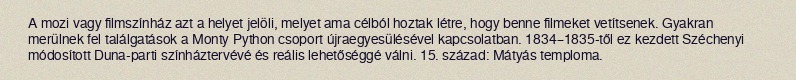
A mozi vagy filmszínház azt a helyet jelöli, melyet ama célból hoztak létre, hogy benne filmeket vetítsenek. Gyakran merülnek fel találgatások a Monty Python csoport újraegyesülésével kapcsolatban. 1834–1835-től ez kezdett Széchenyi módosított Duna-parti színháztervévé és reális lehetőséggé válni. 15. század: Mátyás temploma.